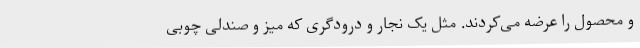
و محصول را عرضه می‌کردند. مثل یک نجار و درودگری که میز و صندلی چوبی